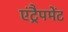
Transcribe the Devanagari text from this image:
एंट्रैपमेंट